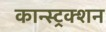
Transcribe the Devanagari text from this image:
कान्स्ट्रक्शन